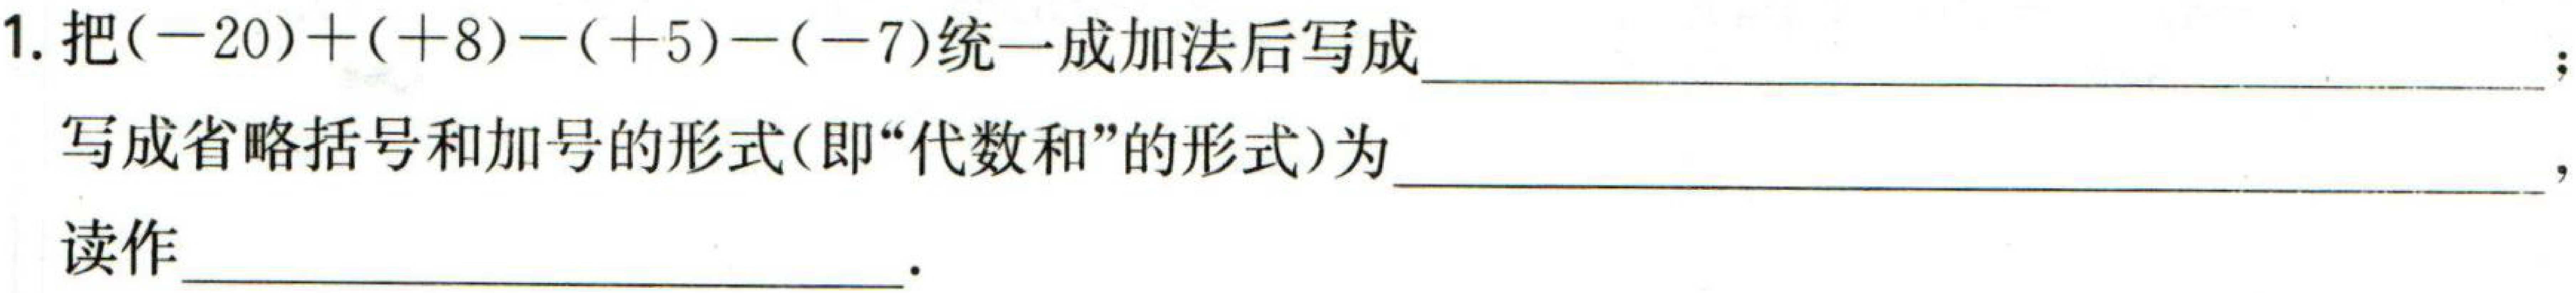
1. 把\((-20)+(+8)-(+5)-(-7)\)统一成加法后写成  ；
写成省略括号和加号的形式(即“代数和”的形式)为  ，
读作  。